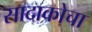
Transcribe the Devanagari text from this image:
सादाकोचा